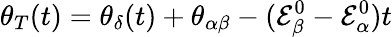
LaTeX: \theta_{T}(t)=\theta_{\delta}(t)+\theta_{\alpha\beta}-(\mathcal{E}_{\beta}^{0}-\mathcal{E}_{\alpha}^{0})t